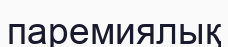
паремиялық